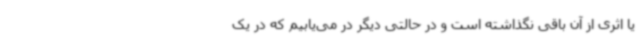
یا اثری از آن باقی نگذاشته است و در حالتی دیگر در می‌یابیم که در یک